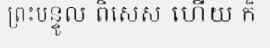
ព្រះបន្ទូល ពិសេស ហើយ ក៏